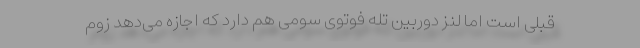
قبلی است اما لنز دوربین تله فوتوی سومی هم دارد که اجازه می‌دهد زوم